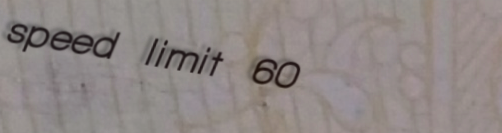
speed limit 60